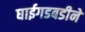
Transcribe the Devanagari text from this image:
घाईगडबडीने